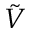
\tilde { V }